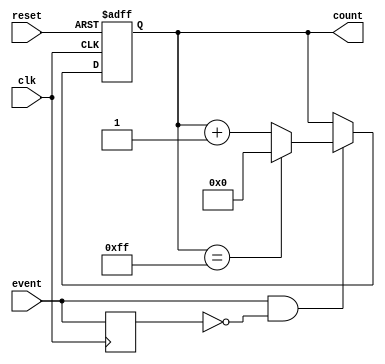
module event_counter #(
    parameter MAX_COUNT = 255 // Maximum count value
)(
    input wire clk,                // Clock input
    input wire reset,              // Asynchronous reset input
    input wire event,              // Event signal to be counted
    output reg [7:0] count         // Current count value (8-bit for this example)
);

    // Detect rising edge of the event signal
    reg event_prev;
    wire event_edge;

    always @(posedge clk or posedge reset) begin
        if (reset) begin
            count <= 8'd0;           // Reset the count to zero
        end else if (event_edge) begin
            if (count == MAX_COUNT) begin
                count <= 8'd0;       // Wrap around condition or stop counting 
            end else begin
                count <= count + 1;  // Increment the counter
            end
        end
    end

    // Edgedetect: Only trigger on the rising edge of the event signal
    always @(posedge clk) begin
        event_prev <= event;
    end

    assign event_edge = event & ~event_prev;  // Detect rising edge

endmodule